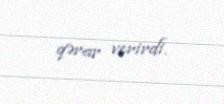
qərar verirdi.